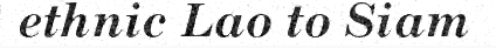
ethnic Lao to Siam